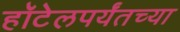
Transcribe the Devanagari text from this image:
हॉटेलपर्यंतच्या